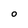
Character: 0